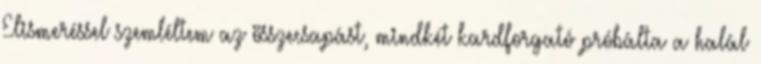
Elismeréssel szemléltem az összecsapást, mindkét kardforgató próbálta a halál